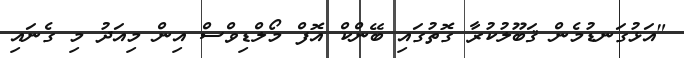
"އަޅުގަނޑުމެން ޤަބޫލުކުރާ ގޮތުގައި ބޭންކް އޮފް މޯލްޑިވްސް އިން މިއަދު މި ގެނައި